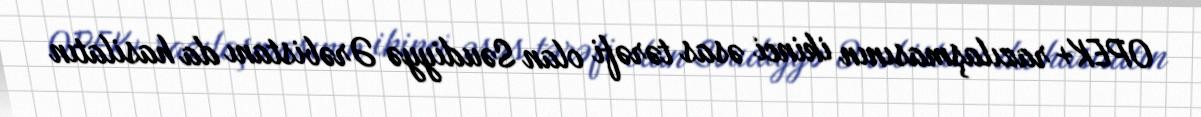
OPEK+ razılaşmasının ikinci əsas tərəfi olan Səudiyyə Ərəbistanı da hasilatın